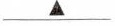
\underline{▲}